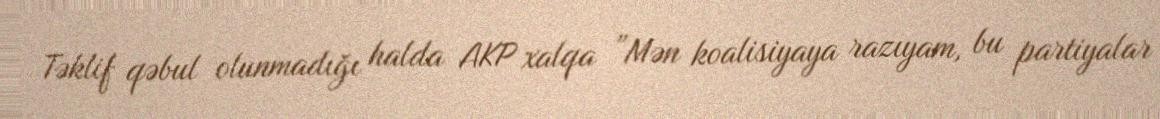
Təklif qəbul olunmadığı halda AKP xalqa ”Mən koalisiyaya razıyam, bu partiyalar